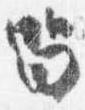
留